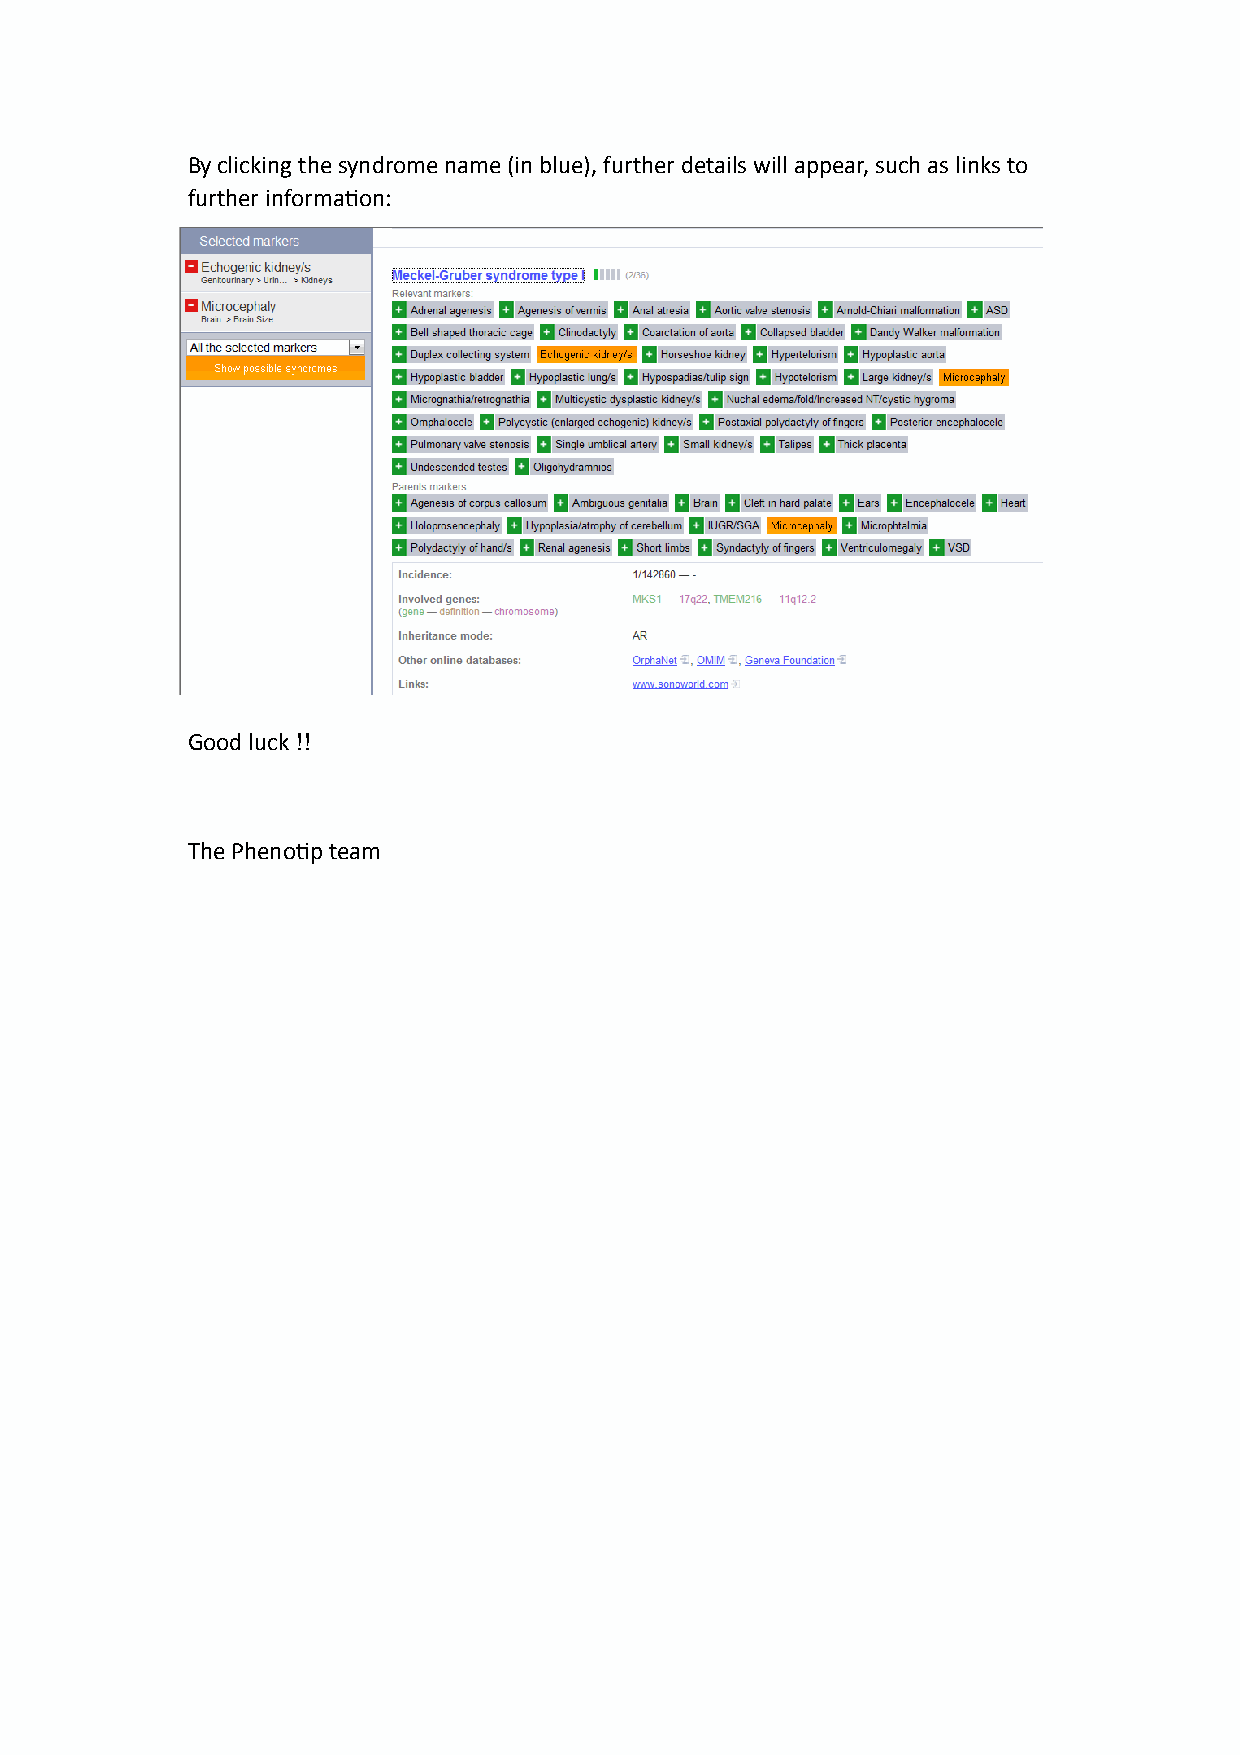
By clicking the syndrome name (in blue), further details will appear, such as links to
 further informa&on:
 Good luck !!
 The Pheno&p team